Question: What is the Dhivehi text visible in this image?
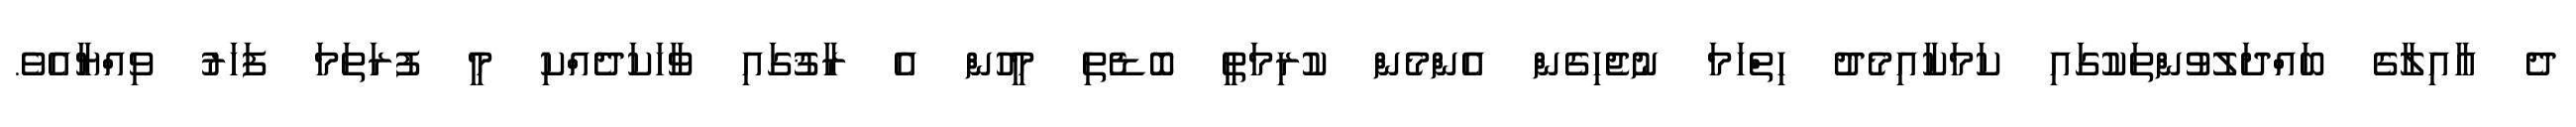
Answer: ދެ އާއިލާގެ ބައްދަލުވުންތަކުގައި ކަމަކާއިމެދު ހިތްހަމަ ނުޖެހިގެން އެންމެން ކުރިމަތީ ބޮޑެތި މީހުން އެ ރާޤުގައި ވާހަކަދެއްކި މީ ފުރަތަމަ ފަހަރު ވިއްޔާއެވެ.